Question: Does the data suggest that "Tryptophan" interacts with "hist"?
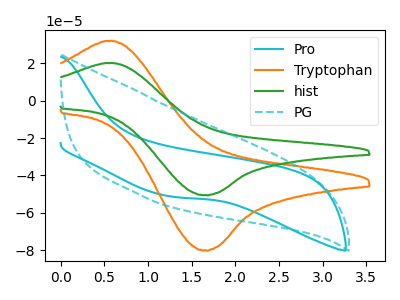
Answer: <think>The cyan curve "Pro" has no peaks. The orange curve "Tryptophan" has an anodic peak at (0.60V, 32.10uA) and a cathodic peak at (1.65V, -80.10uA). The green curve "hist" has an anodic peak at (0.60V, 20.25uA) and a cathodic peak at (1.65V, -50.50uA). The cyan dashed curve "PG" has no peaks.
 All the peaks in "Tryptophan" have a peak in "hist" at the same potential. Every peak in "Tryptophan" is higher than every peak in "hist".</think>
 <answer>No, "Tryptophan" and "hist" don't appear to be significantly different in shape</answer>
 <eval>no_change</eval>